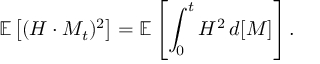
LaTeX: \mathbb { E } \left[ ( H \cdot M _ { t } ) ^ { 2 } \right] = \mathbb { E } \left[ \int _ { 0 } ^ { t } H ^ { 2 } \, d [ M ] \right] .